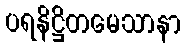
ပရနိဋ္ဌိတမေသာနာ